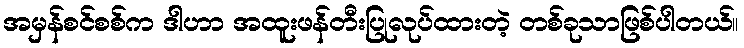
အမှန်စင်စစ်က ဒါဟာ အထူးဖန်တီးပြုလုပ်ထားတဲ့ တစ်ခုသာဖြစ်ပါတယ်။